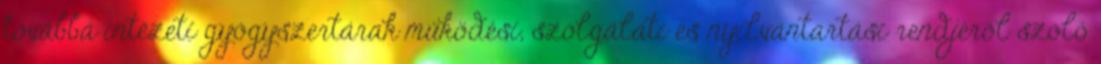
továbbá intézeti gyógyszertárak működési, szolgálati és nyilvántartási rendjéről szóló